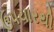
ઉપચારથી